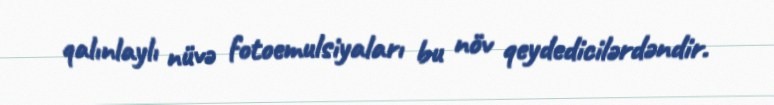
qalınlaylı nüvə fotoemulsiyaları bu növ qeydedicilərdəndir.